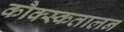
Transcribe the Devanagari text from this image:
कौक्स्कतालन